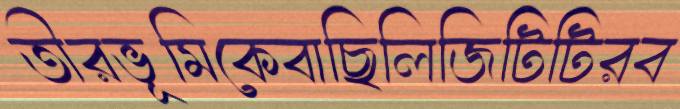
তীরভূমিকেবাছিলিজিটিটিরব